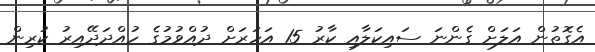
އެގޮތުން އަލަށް ގެންނަ ސައިކަލާއި ކާރު 15 އަހަރަށް ދުއްވުމުގެ ހުއްދަދޭއިރު ކުރިން